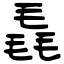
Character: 毳